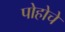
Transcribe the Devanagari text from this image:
पोहोचे